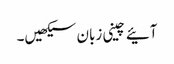
آئیے چینی زبان سیکھیں۔